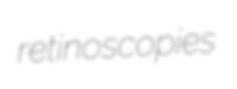
retinoscopies